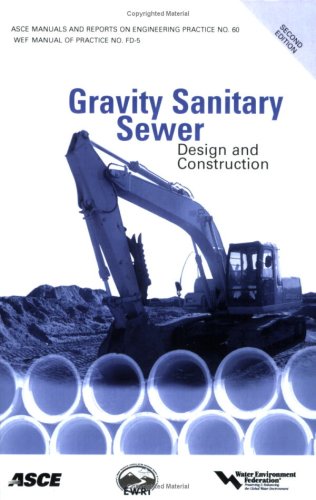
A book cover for Gravity Sanitary Sewer Design and Construction (ASCE Manuals and Reports on Engineering Practice No. 60) (Asce Manuals and Reports on Engineering ... Manual and Reports on Engineering Practice); Paul Bizier; Engineering & Transportation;